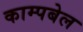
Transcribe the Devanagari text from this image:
काम्पबेल